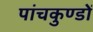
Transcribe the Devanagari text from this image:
पांचकुण्डों